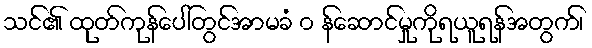
သင်၏ ထုတ်ကုန်ပေါ်တွင်အာမခံ ၀ န်ဆောင်မှုကိုရယူရန်အတွက်၊